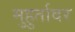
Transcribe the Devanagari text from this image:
मुहुर्तावर